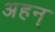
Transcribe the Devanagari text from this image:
अहन्